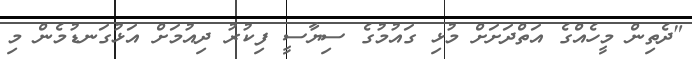
"ދެތިން މީހެއްގެ އަތްދަށަށް މުޅި ގައުމުގެ ސިޔާސީ ފިކުރު ދިއުމަށް އަޅުގަނޑުމެން މި